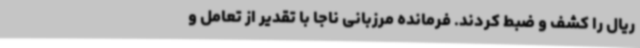
ریال را کشف و ضبط کردند. فرمانده مرزبانی ناجا با تقدیر از تعامل و